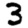
Digit: 3